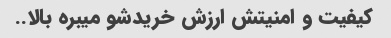
کیفیت و امنیتش ارزش خریدشو میبره بالا..